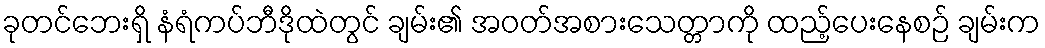
ခုတင်ဘေးရှိ နံရံကပ်ဘီဒိုထဲတွင် ချမ်း၏ အဝတ်အစားသေတ္တာကို ထည့်ပေးနေစဉ် ချမ်းက